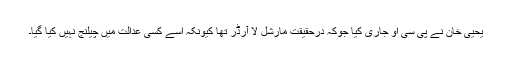
یحییٰ خان نے پی سی او جاری کیا جوکہ درحقیقت مارشل لا آرڈر تھا کیونکہ اسے کسی عدالت میں چیلنج نہیں کیا گیا۔